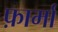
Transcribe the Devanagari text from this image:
फ़ार्मा